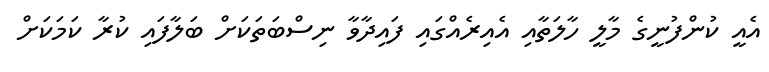
އެއީ ކުންފުނީގެ މާލީ ހާލަތާއި އެއިރެއްގައި ފައިދާވާ ނިސްބަތަކަށް ބަލާފައި ކުރާ ކަމަކަށް